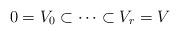
LaTeX: \begin{align*} 0 = V_0 \subset \cdots \subset V_r = V\end{align*}